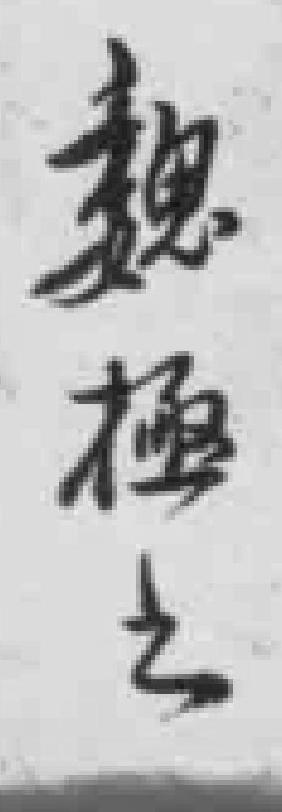
魏極之